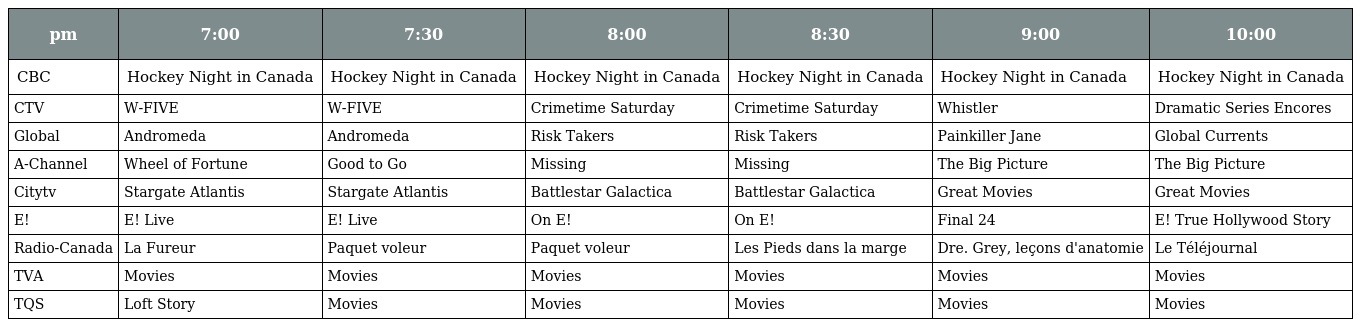
| pm | 7:00 | 7:30 | 8:00 | 8:30 | 9:00 | 10:00 |
 | --- | --- | --- | --- | --- | --- | --- |
 | CBC | Hockey Night in Canada | Hockey Night in Canada | Hockey Night in Canada | Hockey Night in Canada | Hockey Night in Canada | Hockey Night in Canada |
 | CTV | W-FIVE | W-FIVE | Crimetime Saturday | Crimetime Saturday | Whistler | Dramatic Series Encores |
 | Global | Andromeda | Andromeda | Risk Takers | Risk Takers | Painkiller Jane | Global Currents |
 | A-Channel | Wheel of Fortune | Good to Go | Missing | Missing | The Big Picture | The Big Picture |
 | Citytv | Stargate Atlantis | Stargate Atlantis | Battlestar Galactica | Battlestar Galactica | Great Movies | Great Movies |
 | E! | E! Live | E! Live | On E! | On E! | Final 24 | E! True Hollywood Story |
 | Radio-Canada | La Fureur | Paquet voleur | Paquet voleur | Les Pieds dans la marge | Dre. Grey, leçons d'anatomie | Le Téléjournal |
 | TVA | Movies | Movies | Movies | Movies | Movies | Movies |
 | TQS | Loft Story | Movies | Movies | Movies | Movies | Movies |